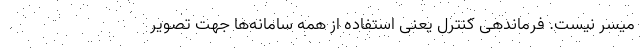
میسر نیست. فرماندهی کنترل یعنی استفاده از همه سامانه‌ها جهت تصویر